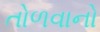
તોળવાનો